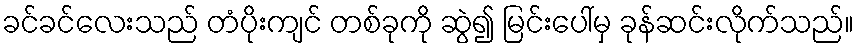
ခင်ခင်လေးသည် တံပိုးကျင် တစ်ခုကို ဆွဲ၍ မြင်းပေါ်မှ ခုန်ဆင်းလိုက်သည်။